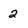
Character: 2